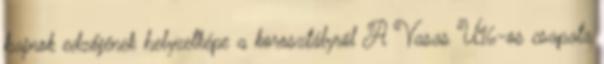
bajnok edzőjének helyzetképe a korosztályról A Vasas U16-os csapata